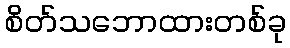
စိတ်သဘောထားတစ်ခု